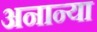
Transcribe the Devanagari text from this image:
अनान्या